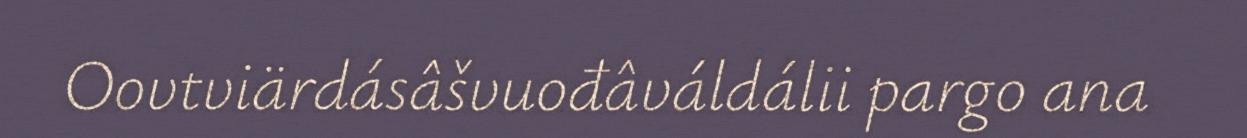
Oovtviärdásâšvuođâváldálii pargo ana